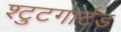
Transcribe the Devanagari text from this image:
श्टुटगार्टड